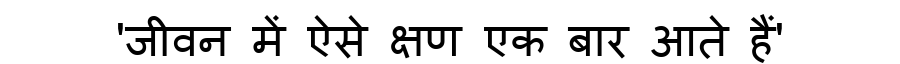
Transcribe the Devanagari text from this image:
'जीवन में ऐसे क्षण एक बार आते हैं'